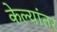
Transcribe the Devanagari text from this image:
केल्यांतर